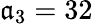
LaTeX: \mathfrak{a}_{3}=32